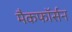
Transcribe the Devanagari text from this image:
मैकफॉर्सन